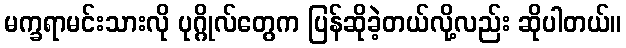
မက္ခရာမင်းသားလို ပုဂ္ဂိုလ်တွေက ပြန်ဆိုခဲ့တယ်လို့လည်း ဆိုပါတယ်။